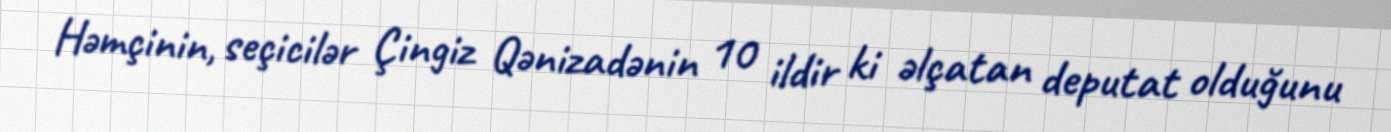
Həmçinin, seçicilər Çingiz Qənizadənin 10 ildir ki əlçatan deputat olduğunu